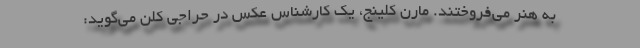
به هنر می‌فروختند. مارن کلینج، یک کارشناس عکس در حراجی کلن می‌گوید: